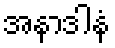
အနာဒါနံ